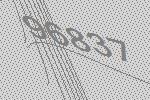
96837